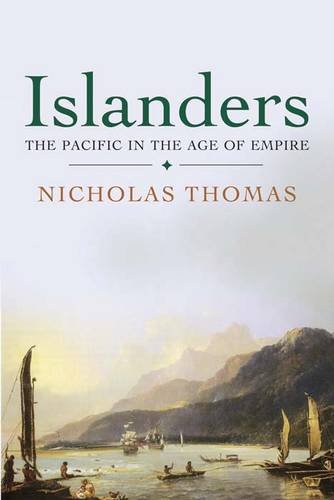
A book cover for Islanders: The Pacific in the Age of Empire; Nicholas Thomas; History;